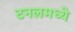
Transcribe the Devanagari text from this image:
टनलमध्ये